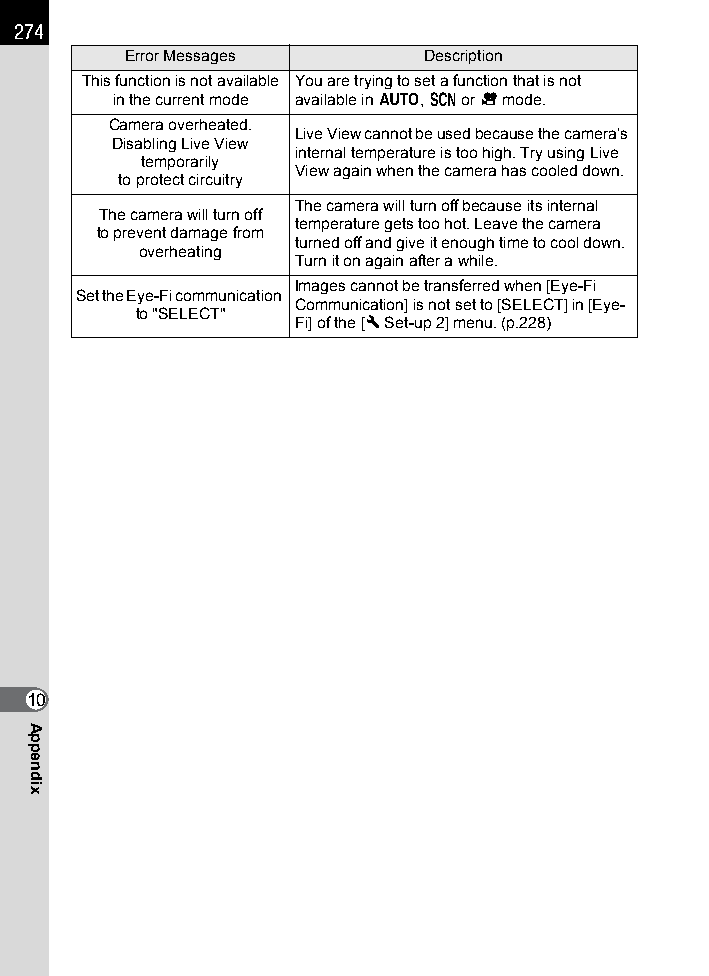
274
 Error Messages      Description
 This function is not available You are trying to set a function that is not
 in the current mode available in n, H or C mode.
 Camera overheated.
 Live View cannot be used because the camera’s
 Disabling Live View
 internal temperature is too high. Try using Live
 temporarily
 View again when the camera has cooled down.
 to protect circuitry
 The camera will turn off because its internal
 The camera will turn off
 temperature gets too hot. Leave the camera
 to prevent damage from
 turned off and give it enough time to cool down.
 overheating
 Turn it on again after a while.
 Images cannot be transferred when [Eye-Fi
 Set the Eye-Fi communication
 Communication] is not set to [SELECT] in [Eye-
 to "SELECT"
 Fi] of the [R Set-up 2] menu. (p.228)
 10
 Appendix